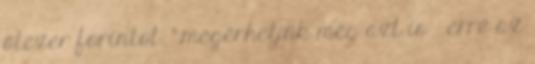
ötezer forintot. “.megérhetjük még azt is – erre az